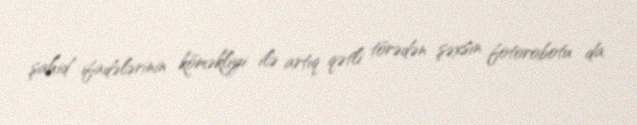
şahid ifadələrinin köməkliyi ilə artıq qətli törədən şəxsin fotorobotu da